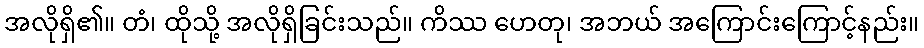
အလိုရှိ၏။ တံ၊ ထိုသို့ အလိုရှိခြင်းသည်။ ကိဿ ဟေတု၊ အဘယ် အကြောင်းကြောင့်နည်း။